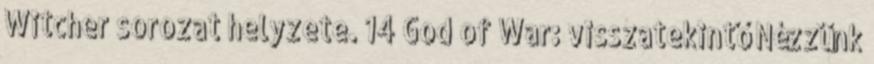
Witcher sorozat helyzete. 14 God of War: visszatekintő Nézzünk